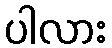
ပါလား